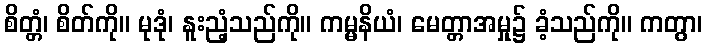
စိတ္တံ၊ စိတ်ကို။ မုဒုံ၊ နူးညံ့သည်ကို။ ကမ္မနိယံ၊ မေတ္တာအမှု၌ ခံ့သည်ကို။ ကတွာ၊